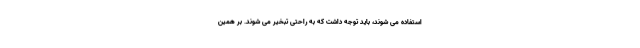
استفاده می شوند، باید توجه داشت که به راحتی تبخیر می شوند. بر همین